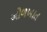
ઓળખાત